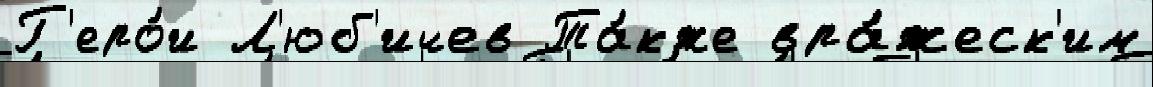
Г'еро́и Л'юб'ичев Та́кже вра́жеск'им